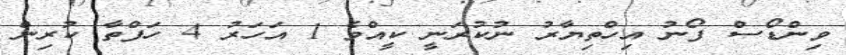
ވިންޑޯސް ފޯނު އިހްތިޔާރު ނުކުރަނީ ކީއްވެ 1 އަހަރު 4 ހަފްތާ ކުރިން